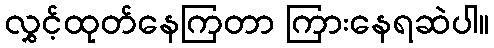
လွှင့်ထုတ်နေကြတာ ကြားနေရဆဲပါ။